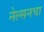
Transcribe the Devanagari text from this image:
नेल्सनचा